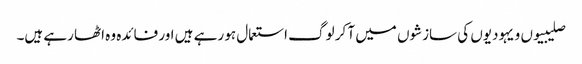
صلیبیوں و یہودیوں کی سازشوں میں آ کر لوگ استعمال ہو رہے ہیں اور فائدہ وہ اٹھا رہے ہیں۔